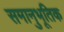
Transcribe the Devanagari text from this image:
समानुभूतिक